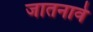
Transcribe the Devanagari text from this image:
जातनावे